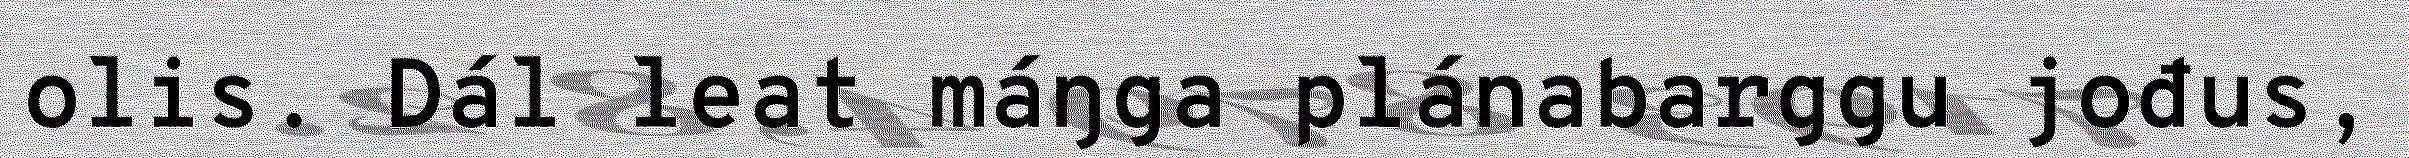
olis. Dál leat máŋga plánabarggu jođus,